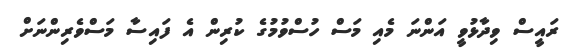
ރައީސް ވިދާޅުވީ އަންނަ މެއި މަސް ހުސްވުމުގެ ކުރިން އެ ފައިސާ މަސްވެރިންނަށް